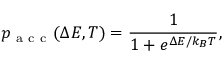
p _ { \mathrm { ~ a ~ c ~ c ~ } } ( \Delta E , T ) = \frac { 1 } { 1 + e ^ { \Delta E / k _ { B } T } } ,